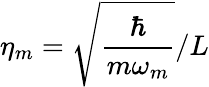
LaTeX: \eta_{m}=\sqrt{\frac{\hbar}{m\omega_{m}}}/L